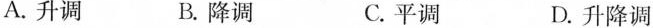
A. 升调 B. 降调 C. 平调 D. 升降调